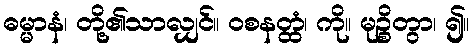
ဓမ္မာနံ၊ တို့၏သာလျှင်။ ဝစနတ္ထံ၊ ကို။ မုဉ္စိတွာ၊ ၍။